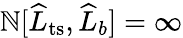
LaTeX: \mathbb{N}[\widehat{{L}}_{\mathrm{{ts}}},\widehat{{L}}_{b}]=\infty